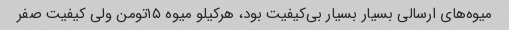
میوه‌های ارسالی بسیار بسیار بی‌کیفیت بود، هرکیلو میوه ۱۵تومن ولی کیفیت صفر